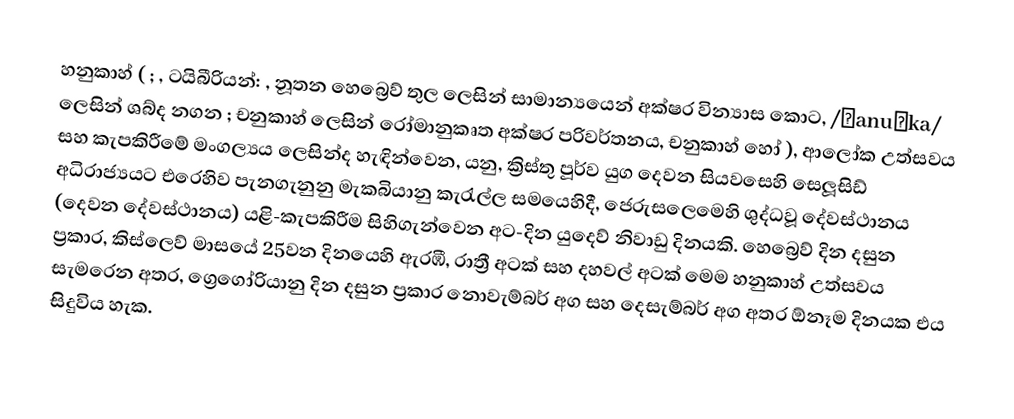
හනුකාහ් ( ; , ටයිබීරියන්: , නූතන හෙබ්‍රෙව් තුල  ලෙසින් සාමාන්‍යයෙන් අක්ෂර වින්‍යාස කොට, /χanuˈka/ ලෙසින් ශබ්ද නගන ; චනුකාහ් ලෙසින් රෝමානුකෘත අක්ෂර පරිවර්තනය, චනුකාහ් හෝ ), ආලෝක උත්සවය සහ කැපකිරීමේ මංගල්‍යය ලෙසින්ද හැඳින්වෙන, යනු, ක්‍රිස්තු පූර්ව යුග දෙවන සියවසෙහි සෙලූසිඩ් අධිරාජ්‍යයට එරෙහිව පැනගැනුනු මැකබියානු කැරැල්ල සමයෙහිදී, ජෙරුසලෙමෙහි  ශුද්ධවූ දේවස්ථානය (දෙවන දේවස්ථානය) යළි-කැපකිරීම සිහිගැන්වෙන අට-දින යුදෙව් නිවාඩු දිනයකි.  හෙබ්‍රෙව් දින දසුන ප්‍රකාර, කිස්ලෙව් මාසයේ  25වන දිනයෙහි ඇරඹී, රාත්‍රී අටක් සහ දහවල් අටක් මෙම හනුකාහ් උත්සවය සැමරෙන අතර, ග්‍රෙගෝරියානු දින දසුන ප්‍රකාර නොවැම්බර් අග සහ දෙසැම්බර් අග අතර ඕනෑම දිනයක එය සිදුවිය හැක.